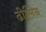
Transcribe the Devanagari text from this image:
ढीलिन